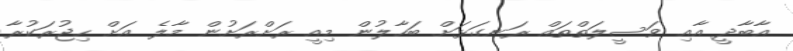
އާބާދީ އާއި ވަސީލަތްތައް ރަނގަޅަށް ބަހާލުން މިއީ ރަށްރަށުން މާލެ އަށް ހިޖުރަކުރާ